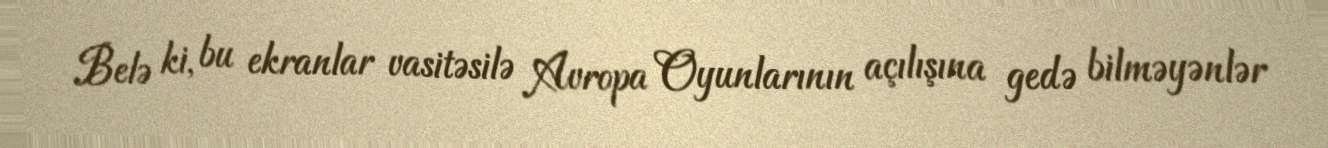
Belə ki, bu ekranlar vasitəsilə Avropa Oyunlarının açılışına gedə bilməyənlər